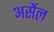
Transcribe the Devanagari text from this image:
अर्सेल